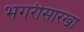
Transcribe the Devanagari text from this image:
भगरीसारखा